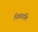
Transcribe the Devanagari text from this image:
नितंबास्थि